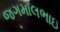
જગમાલભાઇ